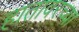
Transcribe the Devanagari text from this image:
हातावरच्या